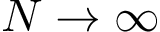
N \to \infty